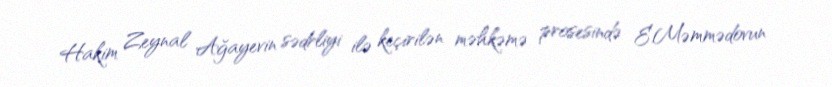
Hakim Zeynal Ağayevin sədrliyi ilə keçirilən məhkəmə prosesində E.Məmmədovun